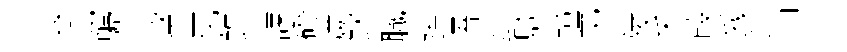
窠窮荳飲呈化錐諫磴廉欽職隋晤犇騎幢弟陵禾葭豸涓